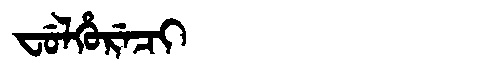
Manchu: ᠸᡠᠯᡥᡠᡵᡝᠴᡳ
Romanization: FULHURECI